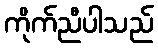
ကိုက်ညီပါသည်